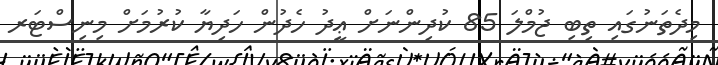
މިދެތަނުގައި ތިބި ޖުމްލަ 85 ކުދިންނަށް ޢީދު ހެދުން ހަދިޔާ ކުރުމަށް މިނިސްޓަރ